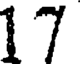
17